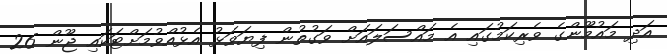
އަދި މައުމޫންގެ ވެރިކަމުގައި އެ މައްސަލައަށް ވަގުތުން ފިޔަވަޅު އެޅުއްވުމަށްޓަކައި ޖޫން 26